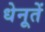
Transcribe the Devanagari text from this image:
धेनूतें